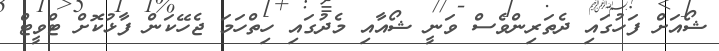
ޝޯއަށް ފަހުގައި ދެތަރިންވެސް ވަނީ ޝޯއާއި މެދުގައި ހިތްހަމަ ޖެހޭކަން ފާޅުކޮށް ޓްވީޓް